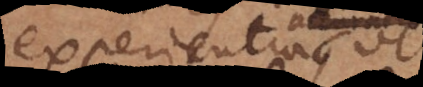
experientia vel